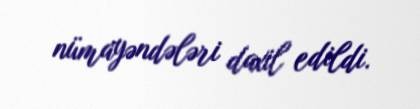
nümayəndələri daxil edildi.